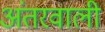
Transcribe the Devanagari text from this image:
अंतरवाली